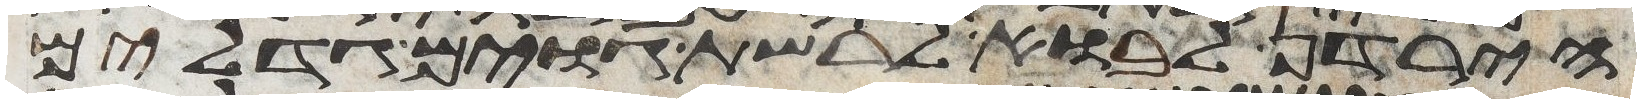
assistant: הירדן לבוא לרשת גוים גדלים